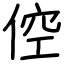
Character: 倥